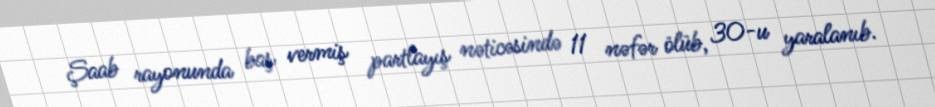
Şaab rayonunda baş vermiş partlayış nəticəsində 11 nəfər ölüb, 30-u yaralanıb.